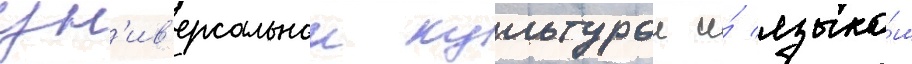
ун'ив'ерсальнои культурои и́ языко́м